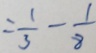
= \frac { 1 } { 3 } - \frac { 1 } { 8 }